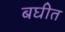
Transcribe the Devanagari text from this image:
बघीत